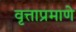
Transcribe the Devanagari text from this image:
वृत्ताप्रमाणे